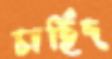
চাহিদ